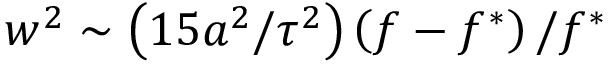
w ^ { 2 } \sim \left( 1 5 a ^ { 2 } / \tau ^ { 2 } \right) \left( f - f ^ { \ast } \right) / f ^ { \ast }